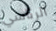
الرئاسي